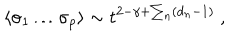
LaTeX: \langle \sigma _ { 1 } \dots \sigma _ { p } \rangle \sim t ^ { 2 - \gamma + \sum _ { n } ( d _ { n } - 1 ) } \ ,